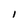
Character: I